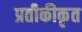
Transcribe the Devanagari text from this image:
प्रतीकीकृत